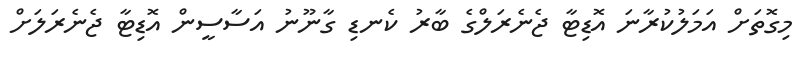
މިގޮތަށް އަމަލުކުރާނަ އޮޑިޓާ ޖެނެރަލްގެ ބާރު ކެނޑި ގާނޫނު އަސާސީން އޮޑިޓާ ޖެނެރަލަށް